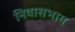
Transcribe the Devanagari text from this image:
निवासभाग